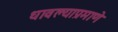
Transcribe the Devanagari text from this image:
धावल्याप्रमाणे